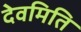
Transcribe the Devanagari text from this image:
देवमिति